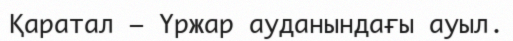
Қаратал – Үржар ауданындағы ауыл.